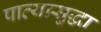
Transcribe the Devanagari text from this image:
पात्यासुद्धा